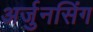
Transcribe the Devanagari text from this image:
अर्जुनसिंग